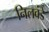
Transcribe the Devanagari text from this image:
निलवंडे